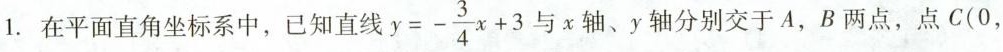
1.在平面直角坐标系中，已知直线$$y=- \frac{3}{4}x+3$$与x轴、y轴分别交于A，B两点，点C(0，